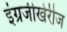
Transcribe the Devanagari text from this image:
इंग्रजीखेरीज